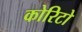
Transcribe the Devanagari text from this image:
कोरिटो